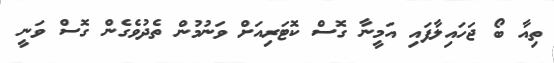
ތިއާ ބޯ ޖަހައިލާފައި އަމީނާ ގޮސް ކޮޓަރިއަށް ވަނުމުން ތެދުވެގެން ގޮސް ވަނީ